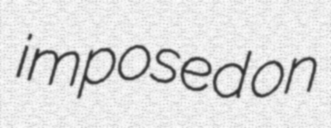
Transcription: imposed on